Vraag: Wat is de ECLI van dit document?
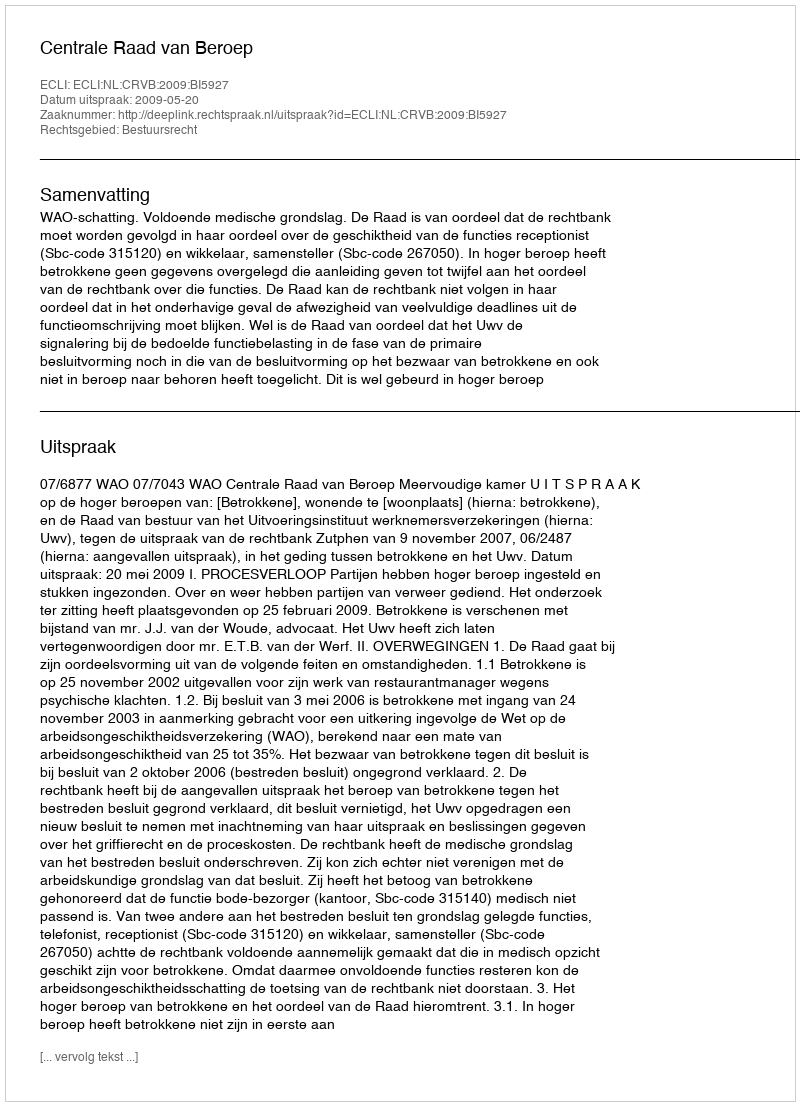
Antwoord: ECLI:NL:CRVB:2009:BI5927